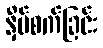
နှိပ်စက်ခြင်း